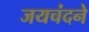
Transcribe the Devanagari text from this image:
जयचंदने